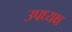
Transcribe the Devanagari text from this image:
उपध्यक्ष